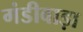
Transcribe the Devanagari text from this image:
गंडीवाड़ा